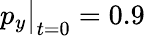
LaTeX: p_{y}\big|_{t=0}=0.9